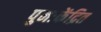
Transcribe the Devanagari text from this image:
पुनःकेंद्रित